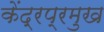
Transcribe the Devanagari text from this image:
केंद्रप्रमुख